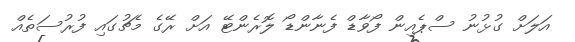
އަލަށް ގުޅުނު ސްޕެއިން ފޯވާޑް ފެނާންޑޯ ލޮރެންޓޭ އަށް ރޭގެ މެޗުގައި ފުރުސަތެއް